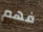
فهم